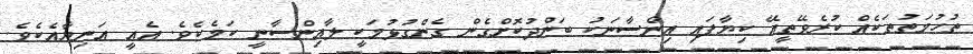
ތުހުމަތުތަކެއް ކުރެވޭތީއޭ ކިޔާފައި އިންސާނަކު ބަންދުކޮށްގެން ގެންގުޅުމަކީ ލާއިންސާނީ ކަމެކެވެ. އެއީ އަނިޔާއެކެވެ.